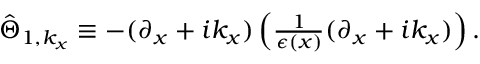
\begin{array} { r } { \hat { \Theta } _ { 1 , k _ { x } } \equiv - ( \partial _ { x } + i k _ { x } ) \left( \frac { 1 } { \epsilon ( x ) } ( \partial _ { x } + i k _ { x } ) \right) . } \end{array}